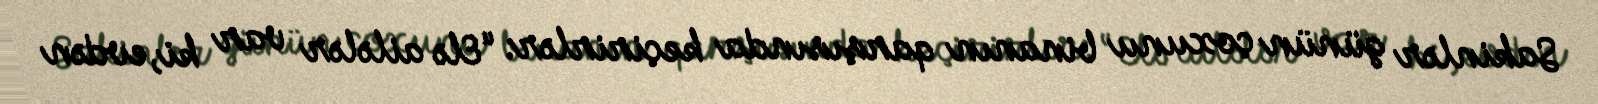
Sakinlər günün çoxunu binanın qarşısında keçirirlər: “Elə ailələr var ki, evdən